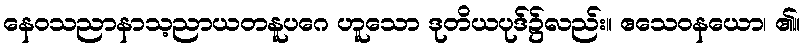
နေဝသညာနာသ့ညာယတနူပဂေ ဟူသော ဒုတိယပုဒ်၌လည်း။ ဧသေဝနယော၊ ၏။